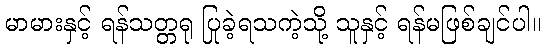
မာမားနှင့် ရန်သတ္တရု ပြုခဲ့ရသကဲ့သို့ သူနှင့် ရန်မဖြစ်ချင်ပါ။